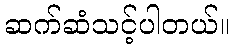
ဆက်ဆံသင့်ပါတယ်။